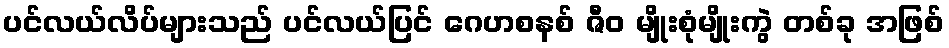
ပင်လယ်လိပ်များသည် ပင်လယ်ပြင် ဂေဟစနစ် ဇီဝ မျိုးစုံမျိုးကွဲ တစ်ခု အဖြစ်